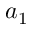
a _ { 1 }